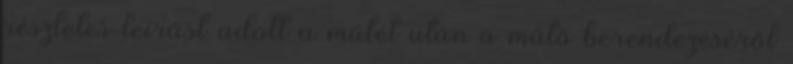
részletes leírást adott a műtét után a műtő berendezéséről